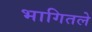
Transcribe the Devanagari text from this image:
भागितले